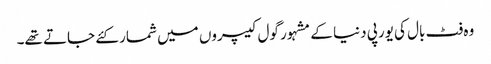
وہ فٹ بال کی یورپی دنیا کے مشہور گول کیپروں میں شمار کئے جاتے تھے۔